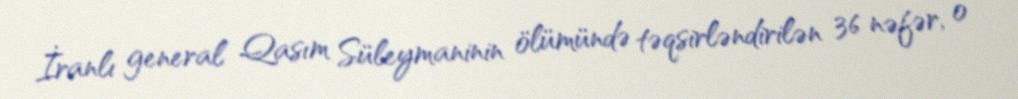
İranlı general Qasım Süleymaninin ölümündə təqsirləndirilən 36 nəfər, o